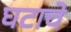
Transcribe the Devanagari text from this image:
घटाचे